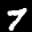
Label: 7